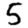
Digit: 5